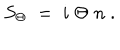
S _ { \Theta } \; = \; i \; \Theta \; n \; .